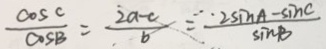
\frac { \cos C } { \cos B } = \frac { 2 a - c } { b } = \frac { 2 \sin A - \sin C } { \sin B }